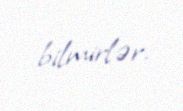
bilmirlər.